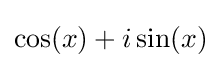
\cos(x)+i\sin(x)